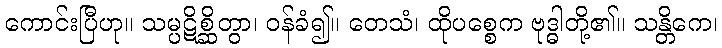
ကောင်းပြီဟု။ သမ္ပဋိစ္ဆိတွာ၊ ဝန်ခံ၍။ တေသံ၊ ထိုပစ္စေက ဗုဒ္ဓါတို့၏။ သန္တိကေ၊